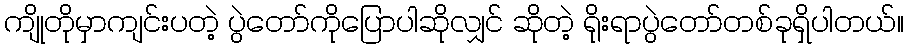
ကျိုတိုမှာကျင်းပတဲ့ ပွဲတော်ကိုပြောပါဆိုလျှင် ဆိုတဲ့ ရိုးရာပွဲတော်တစ်ခုရှိပါတယ်။